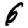
Digit: 6